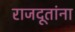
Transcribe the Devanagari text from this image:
राजदूतांना